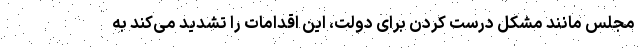
مجلس مانند مشکل درست کردن برای دولت، این اقدامات را تشدید می‌کند به